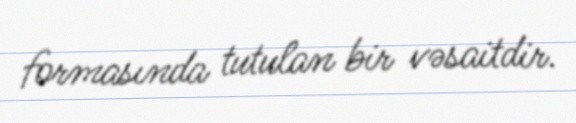
formasında tutulan bir vəsaitdir.